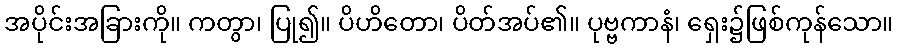
အပိုင်းအခြားကို။ ကတွာ၊ ပြု၍။ ပိဟိတော၊ ပိတ်အပ်၏။ ပုဗ္ဗကာနံ၊ ရှေး၌ဖြစ်ကုန်သော။